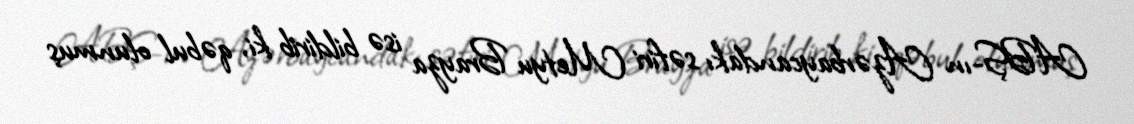
ABŞ-ın Azərbaycandakı səfiri Metyu Brayza isə bildirib ki, qəbul olunmuş